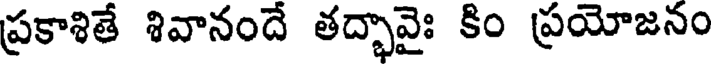
ప్రకాశితే శివానందే తద్భావైః కిం ప్రయోజనం